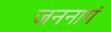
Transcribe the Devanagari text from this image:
जननागं